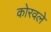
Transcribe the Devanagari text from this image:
कोरवले